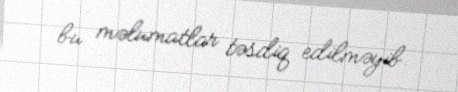
bu məlumatlar təsdiq edilməyib.